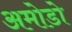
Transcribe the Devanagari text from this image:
अमोडो